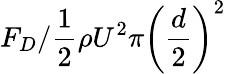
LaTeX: F_{D}/{\frac{1}{2}\rho U^{2}\pi\left(\frac{d}{2}\right)^{2}}